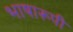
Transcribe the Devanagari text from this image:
भाषारूपी